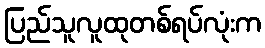
ပြည်သူလူထုတစ်ရပ်လုံးက